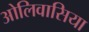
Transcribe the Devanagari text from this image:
ओलिवासिया